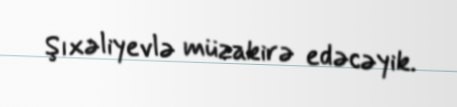
Şıxəliyevlə müzakirə edəcəyik.